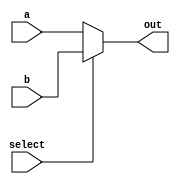
module mux32(out, a, b, select);

output reg [31:0] out;
input [31:0] a, b;
input select;

always @ (select, a, b)
begin
	if (select == 0)
		out = a;
	else
		out = b;
end 

endmodule